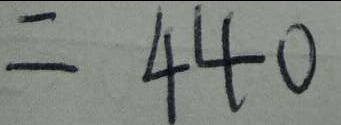
= 4 4 0